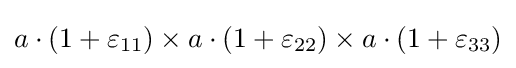
a\cdot (1+\varepsilon _{11})\times a\cdot (1+\varepsilon _{22})\times a\cdot (1+\varepsilon _{33})